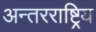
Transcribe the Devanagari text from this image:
अन्तरराष्ट्रिय